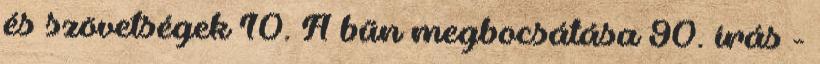
és szövetségek 10. A bűn megbocsátása 90. írás -